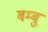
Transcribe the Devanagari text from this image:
बम्बु